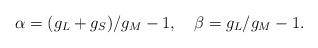
LaTeX: \begin{align*}\alpha=(g_L+g_S)/g_M-1, \quad \beta=g_L/g_M-1.\end{align*}